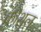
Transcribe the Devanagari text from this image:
कौशल़